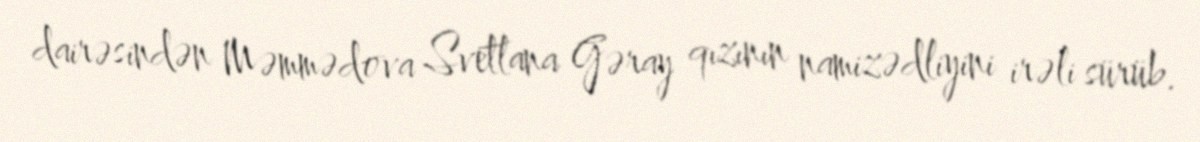
dairəsindən Məmmədova Svetlana Gəray qızının namizədliyini irəli sürüb.